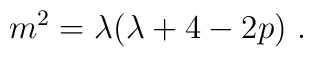
m^2 = \lambda( \lambda + 4 - 2p)~.